Tezpur Lunatic Asylum reports 1877-1894 - 1877-1894
Year: 1877
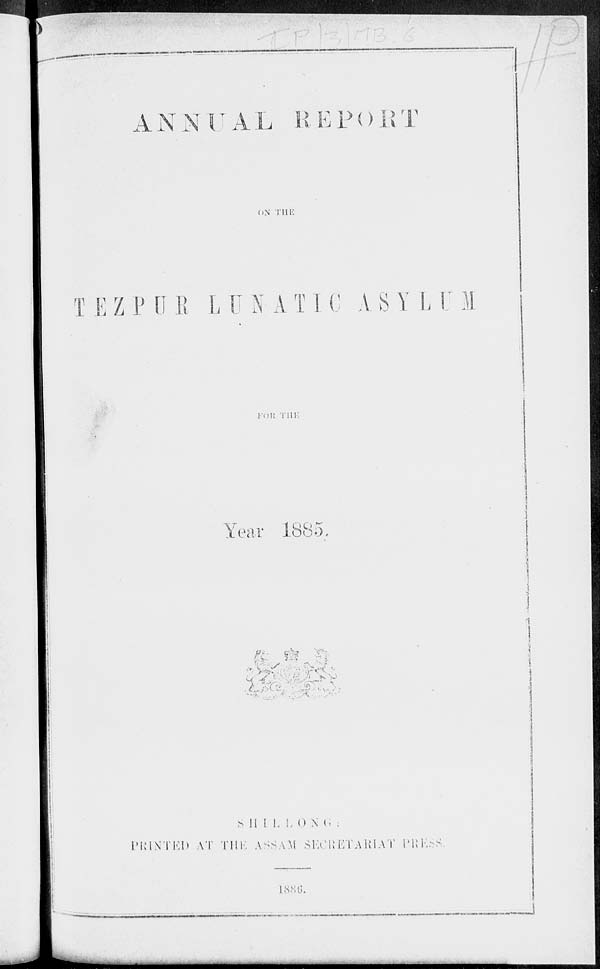
A N N UAL SI E P () U T
ON THE
T £ Z P C Pi L U iv A T I C A S Y L V 1
}'()!{ THE
Year 1885
j
c*
&■
i
■
.
A VSj
S II I L L ON G :
PRINTED AT THE ASSAM SECRETARIAT PKESH
L88G.